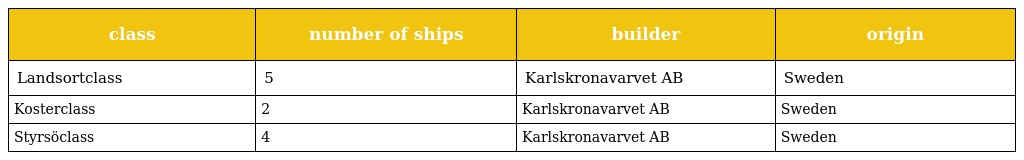
| class | number of ships | builder | origin |
 | --- | --- | --- | --- |
 | Landsortclass | 5 | Karlskronavarvet AB | Sweden |
 | Kosterclass | 2 | Karlskronavarvet AB | Sweden |
 | Styrsöclass | 4 | Karlskronavarvet AB | Sweden |